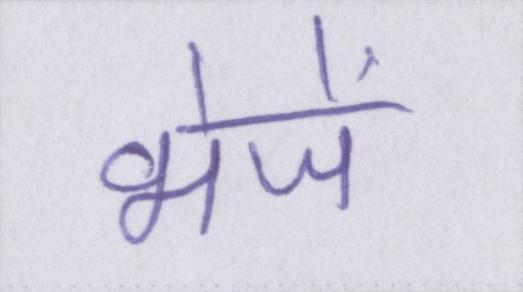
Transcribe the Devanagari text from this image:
भेजें